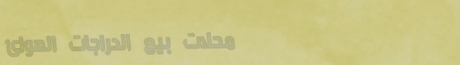
محلات بيع الدراجات الهوائ